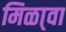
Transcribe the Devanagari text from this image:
मिळा्वा